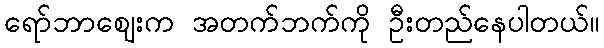
ရော်ဘာဈေးက အတက်ဘက်ကို ဦးတည်နေပါတယ်။